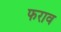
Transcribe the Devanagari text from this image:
फराव